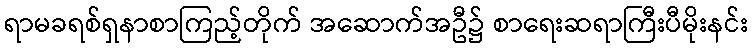
ရာမခရစ်ရှနာစာကြည့်တိုက် အဆောက်အဦ၌ စာရေးဆရာကြီးပီမိုးနင်း